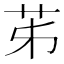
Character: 𦬷